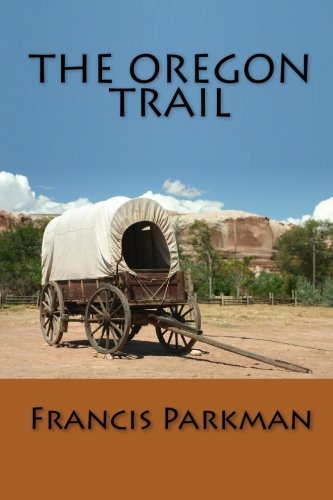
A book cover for The Oregon Trail; Francis Parkman; History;